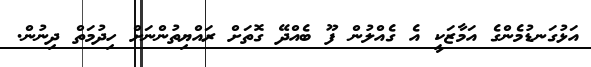
އަޅުގަނޑުމެންގެ އަމާޒަކީ އެ ގެއްލުން ފޫ ބެއްދޭ ގޮތަށް ރައްޔިތުންނަށް ހިދުމަތް ދިނުން.